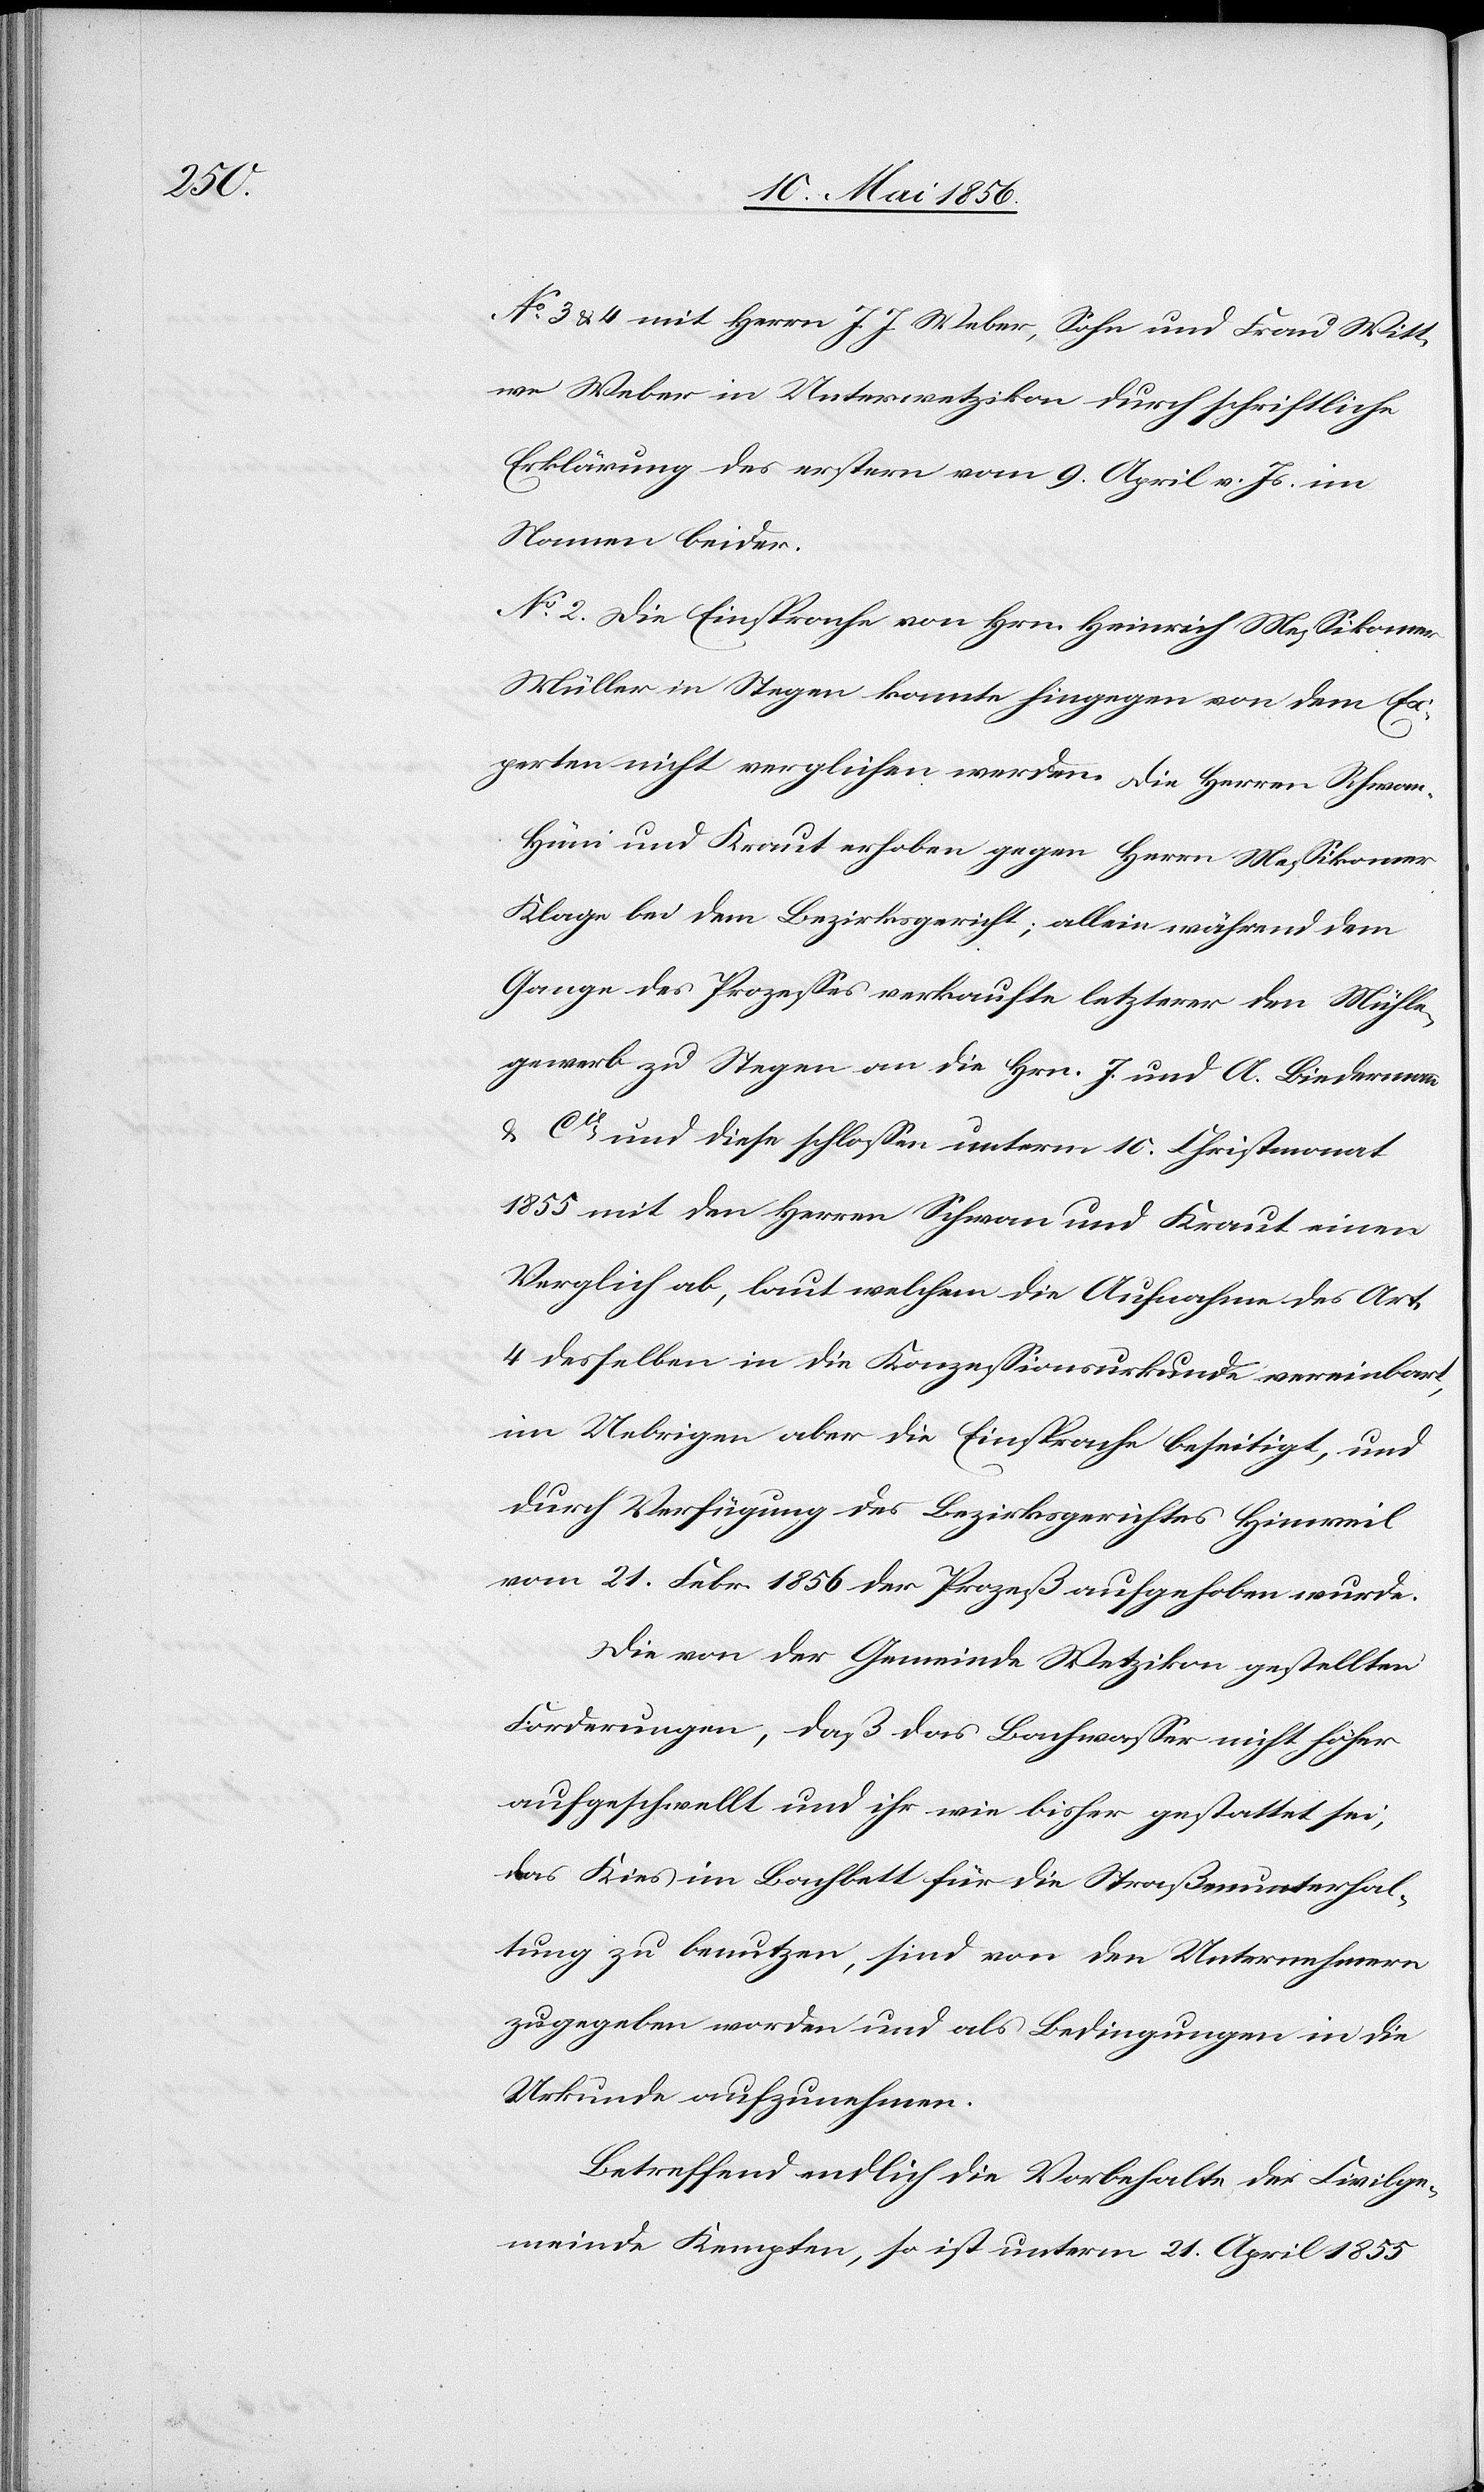
No 3 & 4 mit Herrn J. J. Weber, Sohn und Frau Witt¬
we Weber in Unterwetzikon durch schriftliche
Erklärung des erstern vom 9. April v. Js. im
Namen beider.
No 2. Die Einsprache von Hrn. Heinrich Messikomer
Müller in Stegen konnte hingegen von dem Ex¬
perten nicht verglichen werden. Die Herren Schwa¬
n-Hüni und Kraut erhoben gegen Herrn Messikomer
Klage bei dem Bezirksgericht; allein während dem
Gange des Prozesses verkaufte letzterer den Mühle¬
gewerb zu Stegen an die Hrn. J. und A. Biedermann
& Cie und diese schlossen unterm 10. Christmonat
1855 mit den Herren Schwan und Kraut einen
Verglich ab, laut welchem die Aufnahme des Art.
4 desselben in die Konzessionsurkunde vereinbart,
im Uebrigen aber die Einsprache beseitigt, und
durch Verfügung des Bezirksgerichtes Hinweil
vom 21. Febr. 1856 der Prozeß aufgehoben wurde.
Die von der Gemeinde Wetzikon gestellten
Forderungen, daß das Bachwasser nicht höher
aufgeschwellt und ihr wie bisher gestattet sei,
das Kies im Bachbett für die Straßenunterhal¬
tung zu benutzen, sind von den Unternehmern
zugegeben worden und als Bedingungen in die
Urkunde aufzunehmen.
Betreffend endlich die Vorbehalte der Civilge¬
meinde Kempten, so ist unterm 21. April 1855